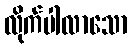
လိုက်ပါလာသော